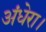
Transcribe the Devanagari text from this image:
अंधेरा।